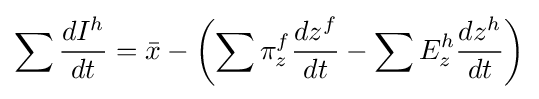
\sum {\frac {dI^{h}}{dt}}={\bar {x}}-\left(\sum \pi _{z}^{f}{\frac {dz^{f}}{dt}}-\sum E_{z}^{h}{\frac {dz^{h}}{dt}}\right)